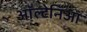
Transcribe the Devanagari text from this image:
ऑल्टेनिआ